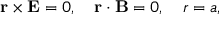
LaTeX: { \mathbf { r } } \times { \mathbf { E } } = 0 , \quad { \mathbf { r } } \cdot { \mathbf { B } } = 0 , \quad r = a ,